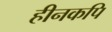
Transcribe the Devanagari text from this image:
हीनकपि